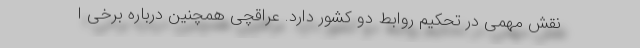
نقش مهمی در تحکیم روابط دو کشور دارد. عراقچی همچنین درباره برخی ا